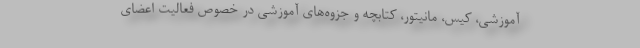
آموزشی، کیس، مانیتور، کتابچه و جزوه‌های آموزشی در خصوص فعالیت اعضای